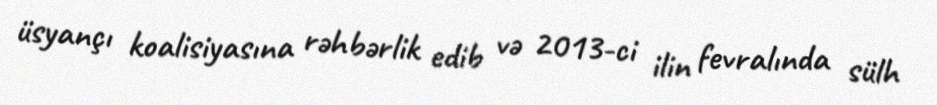
üsyançı koalisiyasına rəhbərlik edib və 2013-ci ilin fevralında sülh